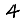
Digit: 4